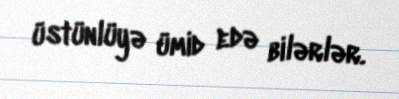
üstünlüyə ümid edə bilərlər.